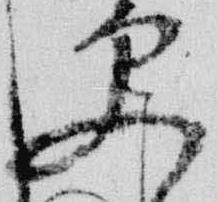
更